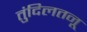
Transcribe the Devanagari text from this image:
तुंदिलतनू